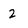
Character: 2